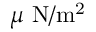
\mu ~ \mathrm { N / m ^ { 2 } }